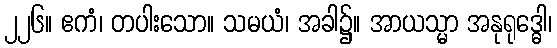
၂၂၆။ ဧကံ၊ တပါးသော။ သမယံ၊ အခါ၌။ အာယသ္မာ အနုရုဒ္ဓေါ၊